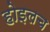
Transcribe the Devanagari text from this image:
होइलच